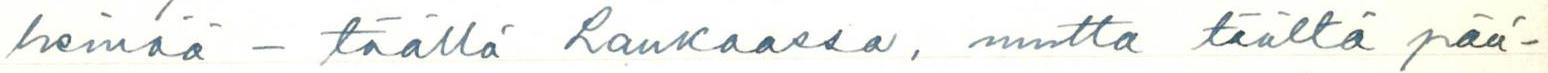
heinää - täällä Laukaassa, mutta täältä pää-